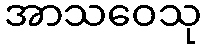
အာသဝေသု